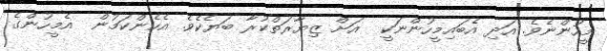
މީހުންނެވެ. އަދި އެބައިމީހުންނަކީ  އަށް ޒިޔާރަތްކުރާ ބަޔެކެވެ. އެހެންކަމުން  އެމީހުންގެ